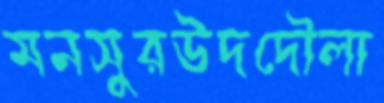
মনসুরউদদৌলা